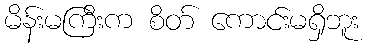
မိန်းမကြီးက စိတ် ကောင်းမရှိဘူး